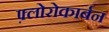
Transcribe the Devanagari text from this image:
फ़्लोरोकार्बन